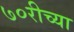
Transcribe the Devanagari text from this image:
७०रीच्या